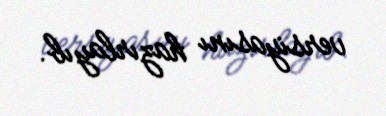
versiyasını hazırlayıb.